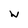
Character: w